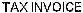
TAX INVOICE